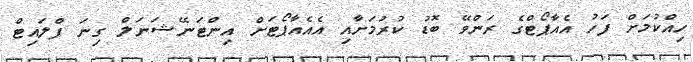
ހިއްކުމަށް ފަހު އެއާޕޯޓްގެ ރަންވޭ ބޮޑު ކުރުމަށާއި އެއެއާޕޯޓަށް އިންޓަނޭޝަނަލް ގިނަ ފްލައިޓް